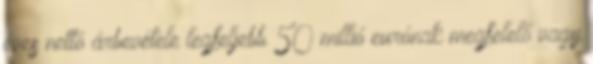
éves nettó árbevétele legfeljebb 50 millió eurónak megfelelő vagy